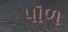
પૉળ